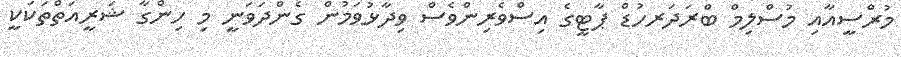
މުރްސީއާއި މުސްލިމް ބްރަދަރހުޑް ޕާޓީގެ އިސްވެރިންވެސް ވިދާޅުވަމުން ގެންދަވަނީ މި ހިންގާ ޝަރީއަތްތަކަކީ